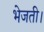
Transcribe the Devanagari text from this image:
भेजती।